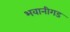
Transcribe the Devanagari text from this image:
भवानीगड